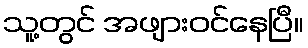
သူ့တွင် အဖျားဝင်နေပြီ။